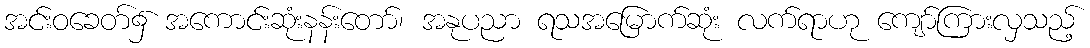
အင်းဝခေတ်၌ အကောင်းဆုံးနန်းတော်၊ အနုပညာ ရသအမြောက်ဆုံး လက်ရာဟု ကျော်ကြားလှသည့်